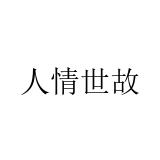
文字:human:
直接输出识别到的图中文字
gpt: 人情世故